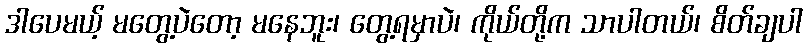
ဒါပေမယ့် မတွေ့ပဲတော့ မနေဘူး၊ တွေ့ရမှာပဲ၊ ကိုယ်တို့က သာပါတယ်၊ စိတ်ချပါ